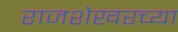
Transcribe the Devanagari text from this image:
राजशेखरच्या